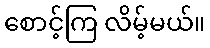
စောင့်ကြ လိမ့်မယ်။